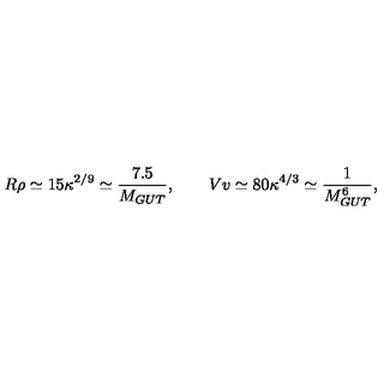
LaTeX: R \rho \simeq 1 5 \kappa ^ { 2 / 9 } \simeq \frac { 7 . 5 } { M _ { G U T } } , \qquad V v \simeq 8 0 \kappa ^ { 4 / 3 } \simeq \frac { 1 } { M _ { G U T } ^ { 6 } } ,